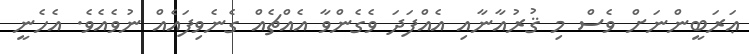
ޢަރަބީންނަށް ވެސް މި ޤުރުއާނާއި އެއްފަދަ ވެގެންވާ އެއްޗެއް ގެނެވިފައެއް ނުވެއެވެ. އެހެނީ